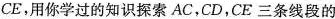
CE，用你学过的知识探索AC，CD，CE三条线段的